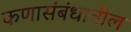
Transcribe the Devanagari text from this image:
कणासंबंधातील